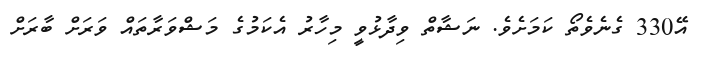
އޭ330 ގެނެވެތޯ ކަމަށެވެ. ނަޝާތް ވިދާޅުވީ މިހާރު އެކަމުގެ މަޝްވަރާތައް ވަަރަށް ބާރަށް